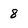
Character: 8